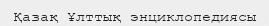
Қазақ Ұлттық энциклопедиясы